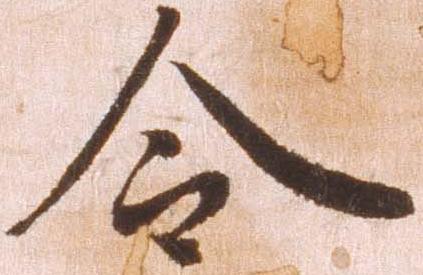
令